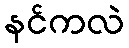
နင်ကလဲ